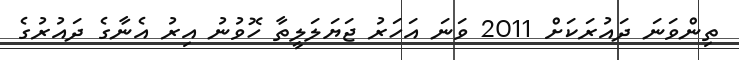
ތިންވަނަ ދައުރަކަށް 2011 ވަނަ އަހަރު ޖަޔަލަލީތާ ހޮވުނު އިރު އެނާގެ ދައުރުގެ